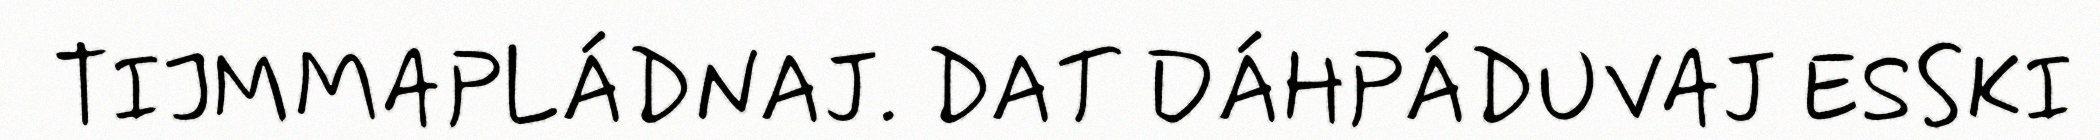
TIJMMAPLÁDNAJ. DAT DÁHPÁDUVAJ ESSKI